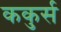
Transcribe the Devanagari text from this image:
ककुर्स